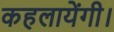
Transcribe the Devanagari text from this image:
कहलायेंगी।